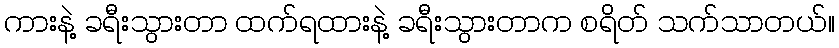
ကားနဲ့ ခရီးသွားတာ ထက်ရထားနဲ့ ခရီးသွားတာက စရိတ် သက်သာတယ်။